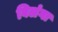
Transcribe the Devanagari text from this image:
विलंगा